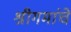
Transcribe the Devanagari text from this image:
श्रीगमांचे